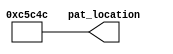
module initial_pat (
    output reg [21:0] pat_location
);
always @(*) begin
        pat_location = 22'b001_1000_1011_100_0100_1100;
end
endmodule